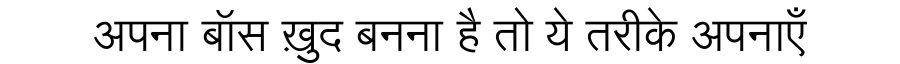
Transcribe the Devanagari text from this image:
अपना बॉस ख़ुद बनना है तो ये तरीके अपनाएँ